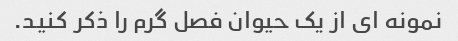
نمونه ای از یک حیوان فصل گرم را ذکر کنید.